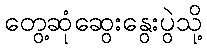
တွေ့ဆုံဆွေးနွေးပွဲသို့